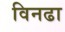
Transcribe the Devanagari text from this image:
विनढा